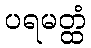
ပရမတ္ထံ